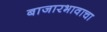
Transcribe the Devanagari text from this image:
बाजारभावाचा